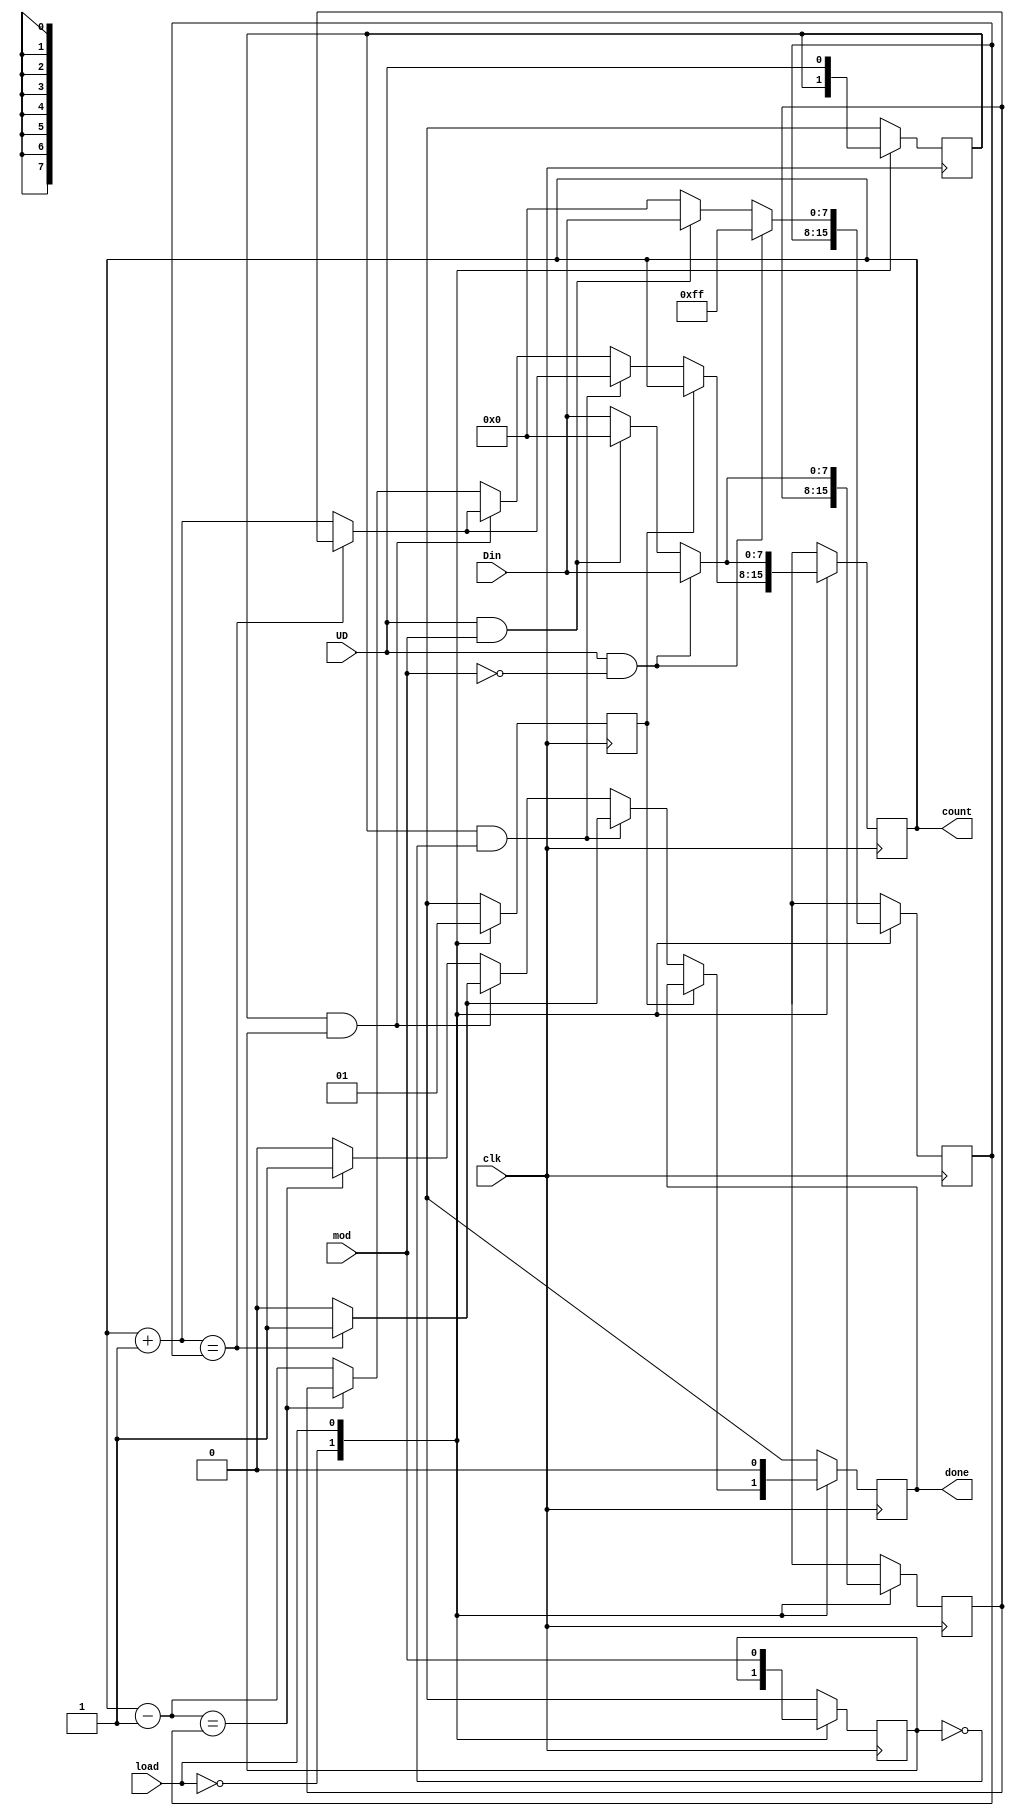
module task2_counter( Din, load, UD, clk, mod, count,  done);
    //in, out port
    input wire load,UD,clk,mod;
    input wire signed [7:0] Din;
    output  reg done;
    output reg [7:0] count;
    reg [7:0] c_in, c_end;
    reg         c_mod, c_UD, hold;

    initial begin
        hold = 0;
    end
    
    //design
    always@(posedge clk) begin
        case(load)
            0: begin
            if (hold == 1) hold = 0;
            else begin
                if(c_UD == 1 && c_mod == 0) begin
                    count = count + 1;
                    if (count == c_end) begin
                        count = c_in;
                        done = 1;
                    end
                    else done = 0;
                end
                else if (c_UD == 1 && c_mod == 1) begin
                    count = count + 1;
                    if (count == c_end) begin
                        count = c_in;
                        done = 1;
                    end
                    else done = 0;
                end
                else if (c_UD == 0 && c_mod == 0) begin
                    count = count - 1;
                    if (count == c_end) begin
                        count = c_in;
                        done = 1;
                    end
                    else done = 0;
                end
                else begin
                    count = count - 1;
                    if (count == c_end) begin
                        count = c_in;
                        done = 1;
                    end
                    else done = 0;
                end
            end
            end
            1: begin
                hold = 1;
                if(UD == 1 && mod == 0) begin
                    c_in = Din;
                    c_end = 8'hff;
                    c_mod = mod;
                    c_UD = UD;
                    count = Din;
                    done = 0;
                end
                else if (UD == 1 && mod == 1) begin
                    c_in = 0;
                    c_end = Din;
                    c_mod = mod;
                    c_UD = UD;
                    count = 0;
                    done = 0;
                end
                else if (UD == 0 && mod == 0) begin
                    c_in = Din;
                    c_end = 0;
                    c_mod = mod;
                    c_UD = UD;
                    count = Din;
                    done = 0;
                end
                else begin
                    c_in = Din;
                    c_end = 0;
                    c_mod = mod;
                    c_UD = UD;
                    count = Din;
                    done = 0;
                end
            end
        endcase
    end
endmodule